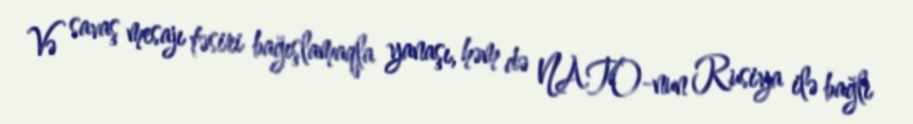
Və savaş mesajı təsiri bağışlamaqla yanaşı, həm də NATO-nun Rusiya ilə bağlı